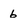
Character: 6